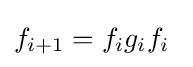
f_{i+1}=f_{i}g_{i}f_{i}\